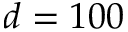
d = 1 0 0